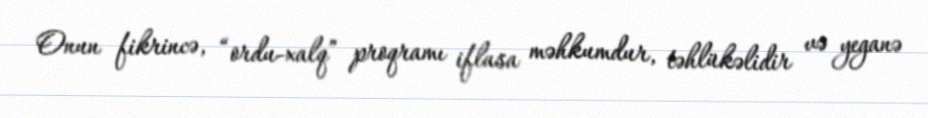
Onun fikrincə, “ordu-xalq” proqramı iflasa məhkumdur, təhlükəlidir və yeganə